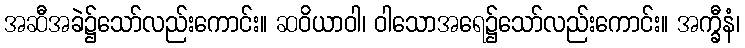
အဆီအခဲ၌သော်လည်းကောင်း။ ဆဝိယာဝါ၊ ဝါသောအရေ၌သော်လည်းကောင်း။ အက္ခီနံ၊